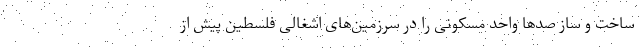
ساخت و ساز صدها واحد مسکونی را در سرزمین‌های اشغالی فلسطین پیش از